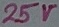
Text: 25V